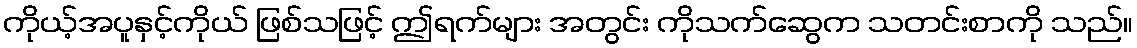
ကိုယ့်အပူနှင့်ကိုယ် ဖြစ်သဖြင့် ဤရက်များ အတွင်း ကိုသက်ဆွေက သတင်းစာကို သည်။